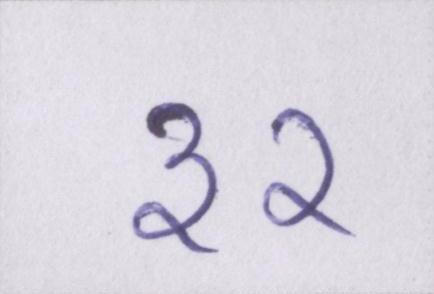
३२